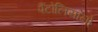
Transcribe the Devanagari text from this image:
पैंटोलियानो